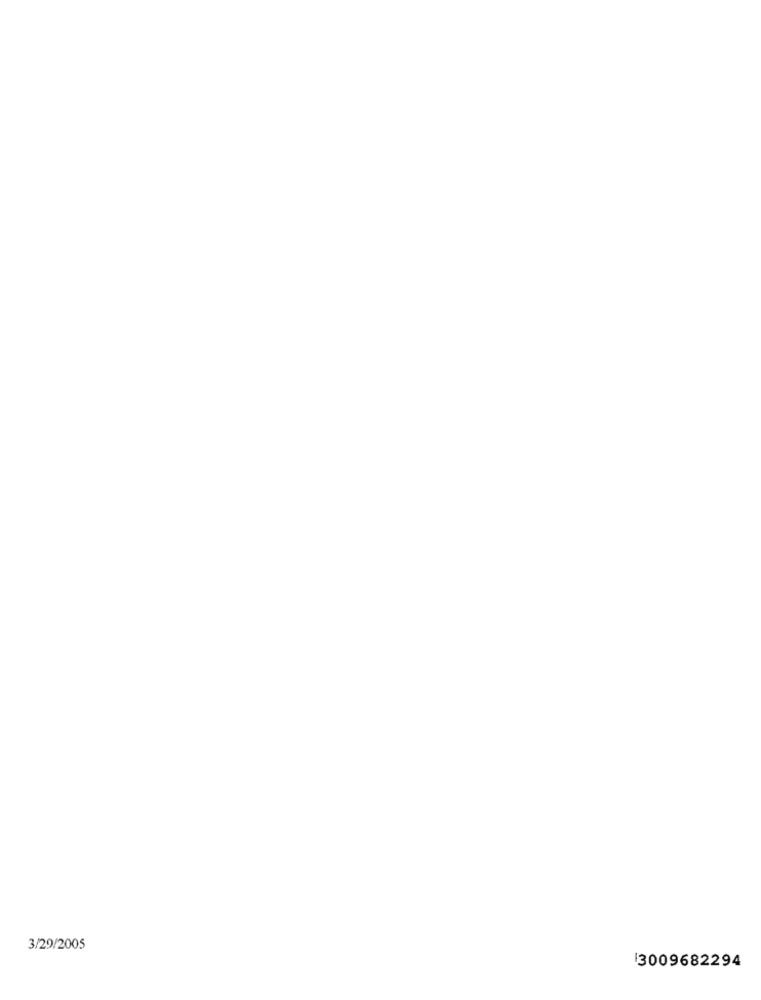
3/29/2005
3009682294